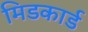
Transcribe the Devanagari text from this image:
मिडकार्ड